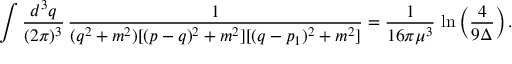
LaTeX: \int \frac { d ^ { 3 } q } { ( 2 \pi ) ^ { 3 } } \, \frac { 1 } { ( q ^ { 2 } + m ^ { 2 } ) [ ( p - q ) ^ { 2 } + m ^ { 2 } ] [ ( q - p _ { 1 } ) ^ { 2 } + m ^ { 2 } ] } = \frac { 1 } { 1 6 \pi \mu ^ { 3 } } \, \ln \left( \frac { 4 } { 9 \Delta } \right) .